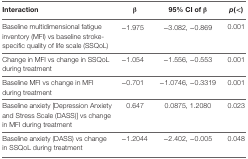
| Interaction | β | 95% CI of β | p(<) |
 | --- | --- | --- | --- |
 | Baseline multidimensional fatigue inventory (MFI) vs baseline stroke-specific quality of life scale (SSQoL) | −1.975 | −3.082, −0.869 | 0.001 |
 | Change in MFI vs change in SSQoL during treatment | −1.054 | −1.556, −0.553 | 0.001 |
 | Baseline MFI vs change in MFI during treatment | −0.701 | −1.0746, −0.3319 | 0.001 |
 | Baseline anxiety [Depression Anxiety and Stress Scale (DASS)] vs change in MFI during treatment | 0.647 | 0.0875, 1.2080 | 0.023 |
 | Baseline anxiety (DASS) vs change in SSQoL during treatment | −1.2044 | −2.402, −0.005 | 0.048 |